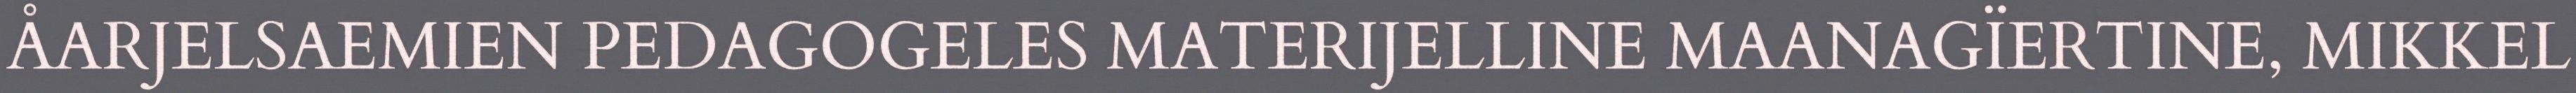
ÅARJELSAEMIEN PEDAGOGELES MATERIJELLINE MAANAGÏERTINE, MIKKEL